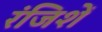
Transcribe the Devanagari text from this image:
रंजिशें